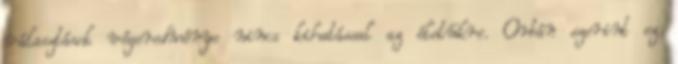
választások végeredménye nincs kihatással az életükre. Orbán szerint ez